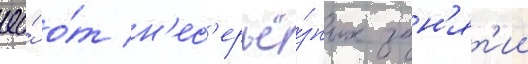
ео́ о́т н'ес'ерьё́зных зан'ят'ии